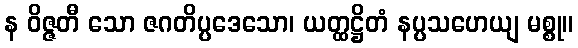
န ဝိဇ္ဇတီ သော ဇဂတိပ္ပဒေသော၊ ယတ္ထဋ္ဌိတံ နပ္ပသဟေယျ မစ္စု။